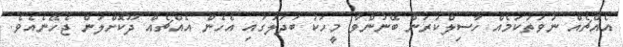
އެއްޗެއް ނުވަތަކަމެއް ހާސިލްކުރަން ބޭނުންވާ މީހަކު ބަދަލުގައި އެހެން އެއްޗެއް ދޫކޮށްލަން ޖެހޭނެއެވެ.